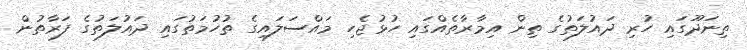
ތިނަދޫގައި ހުރި ދައުލަތުގެ ތިން އިމާރާތެއްގައި ހުޅުޖެހި މައްސަލައިގެ ތުހުމަތުގައި ދައުލަތުގެ ފަރާތުން